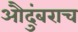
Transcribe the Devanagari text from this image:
औदुंबराच